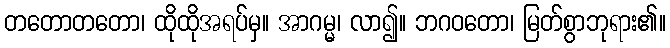
တတောတတော၊ ထိုထိုအရပ်မှ။ အာဂမ္မ၊ လာ၍။ ဘဂဝတော၊ မြတ်စွာဘုရား၏။